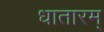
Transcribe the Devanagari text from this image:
धातारम्